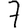
Digit: 7